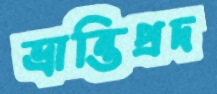
ভ্রান্তিপ্রদ